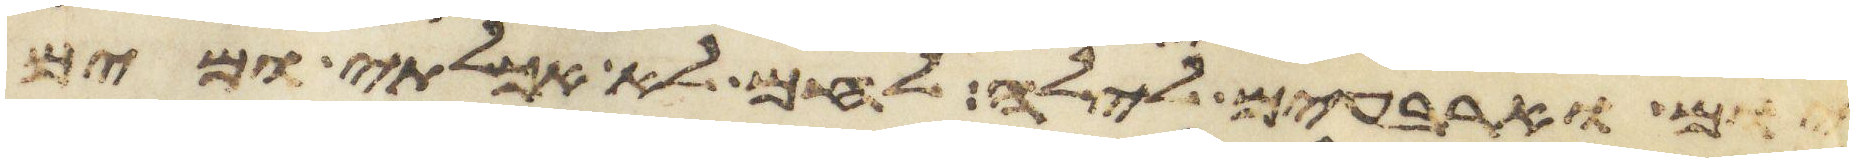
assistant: יום וארבעים לילה לחם לא אכלתי ומים